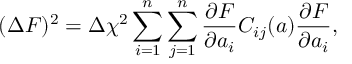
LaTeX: ( \Delta F ) ^ { 2 } = \Delta \chi ^ { 2 } \sum _ { i = 1 } ^ { n } \sum _ { j = 1 } ^ { n } \frac { \partial F } { \partial a _ { i } } C _ { i j } ( a ) \frac { \partial F } { \partial a _ { i } } ,